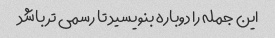
این جمله را دوباره بنویسید تا رسمی تر باشد